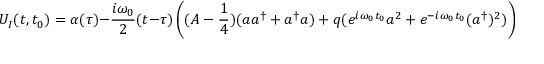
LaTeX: U _ { I } ( t , t _ { 0 } ) = \alpha ( \tau ) - \frac { i \omega _ { 0 } } 2 ( t - \tau ) \left( ( A - \frac 1 4 ) ( a a ^ { \dag } + a ^ { \dag } a ) + q ( e ^ { i \omega _ { 0 } t _ { 0 } } a ^ { 2 } + e ^ { - i \omega _ { 0 } t _ { 0 } } ( a ^ { \dag } ) ^ { 2 } ) \right) \alpha ( \tau ) + \mathrm { r . ~ t . ~ } \, .